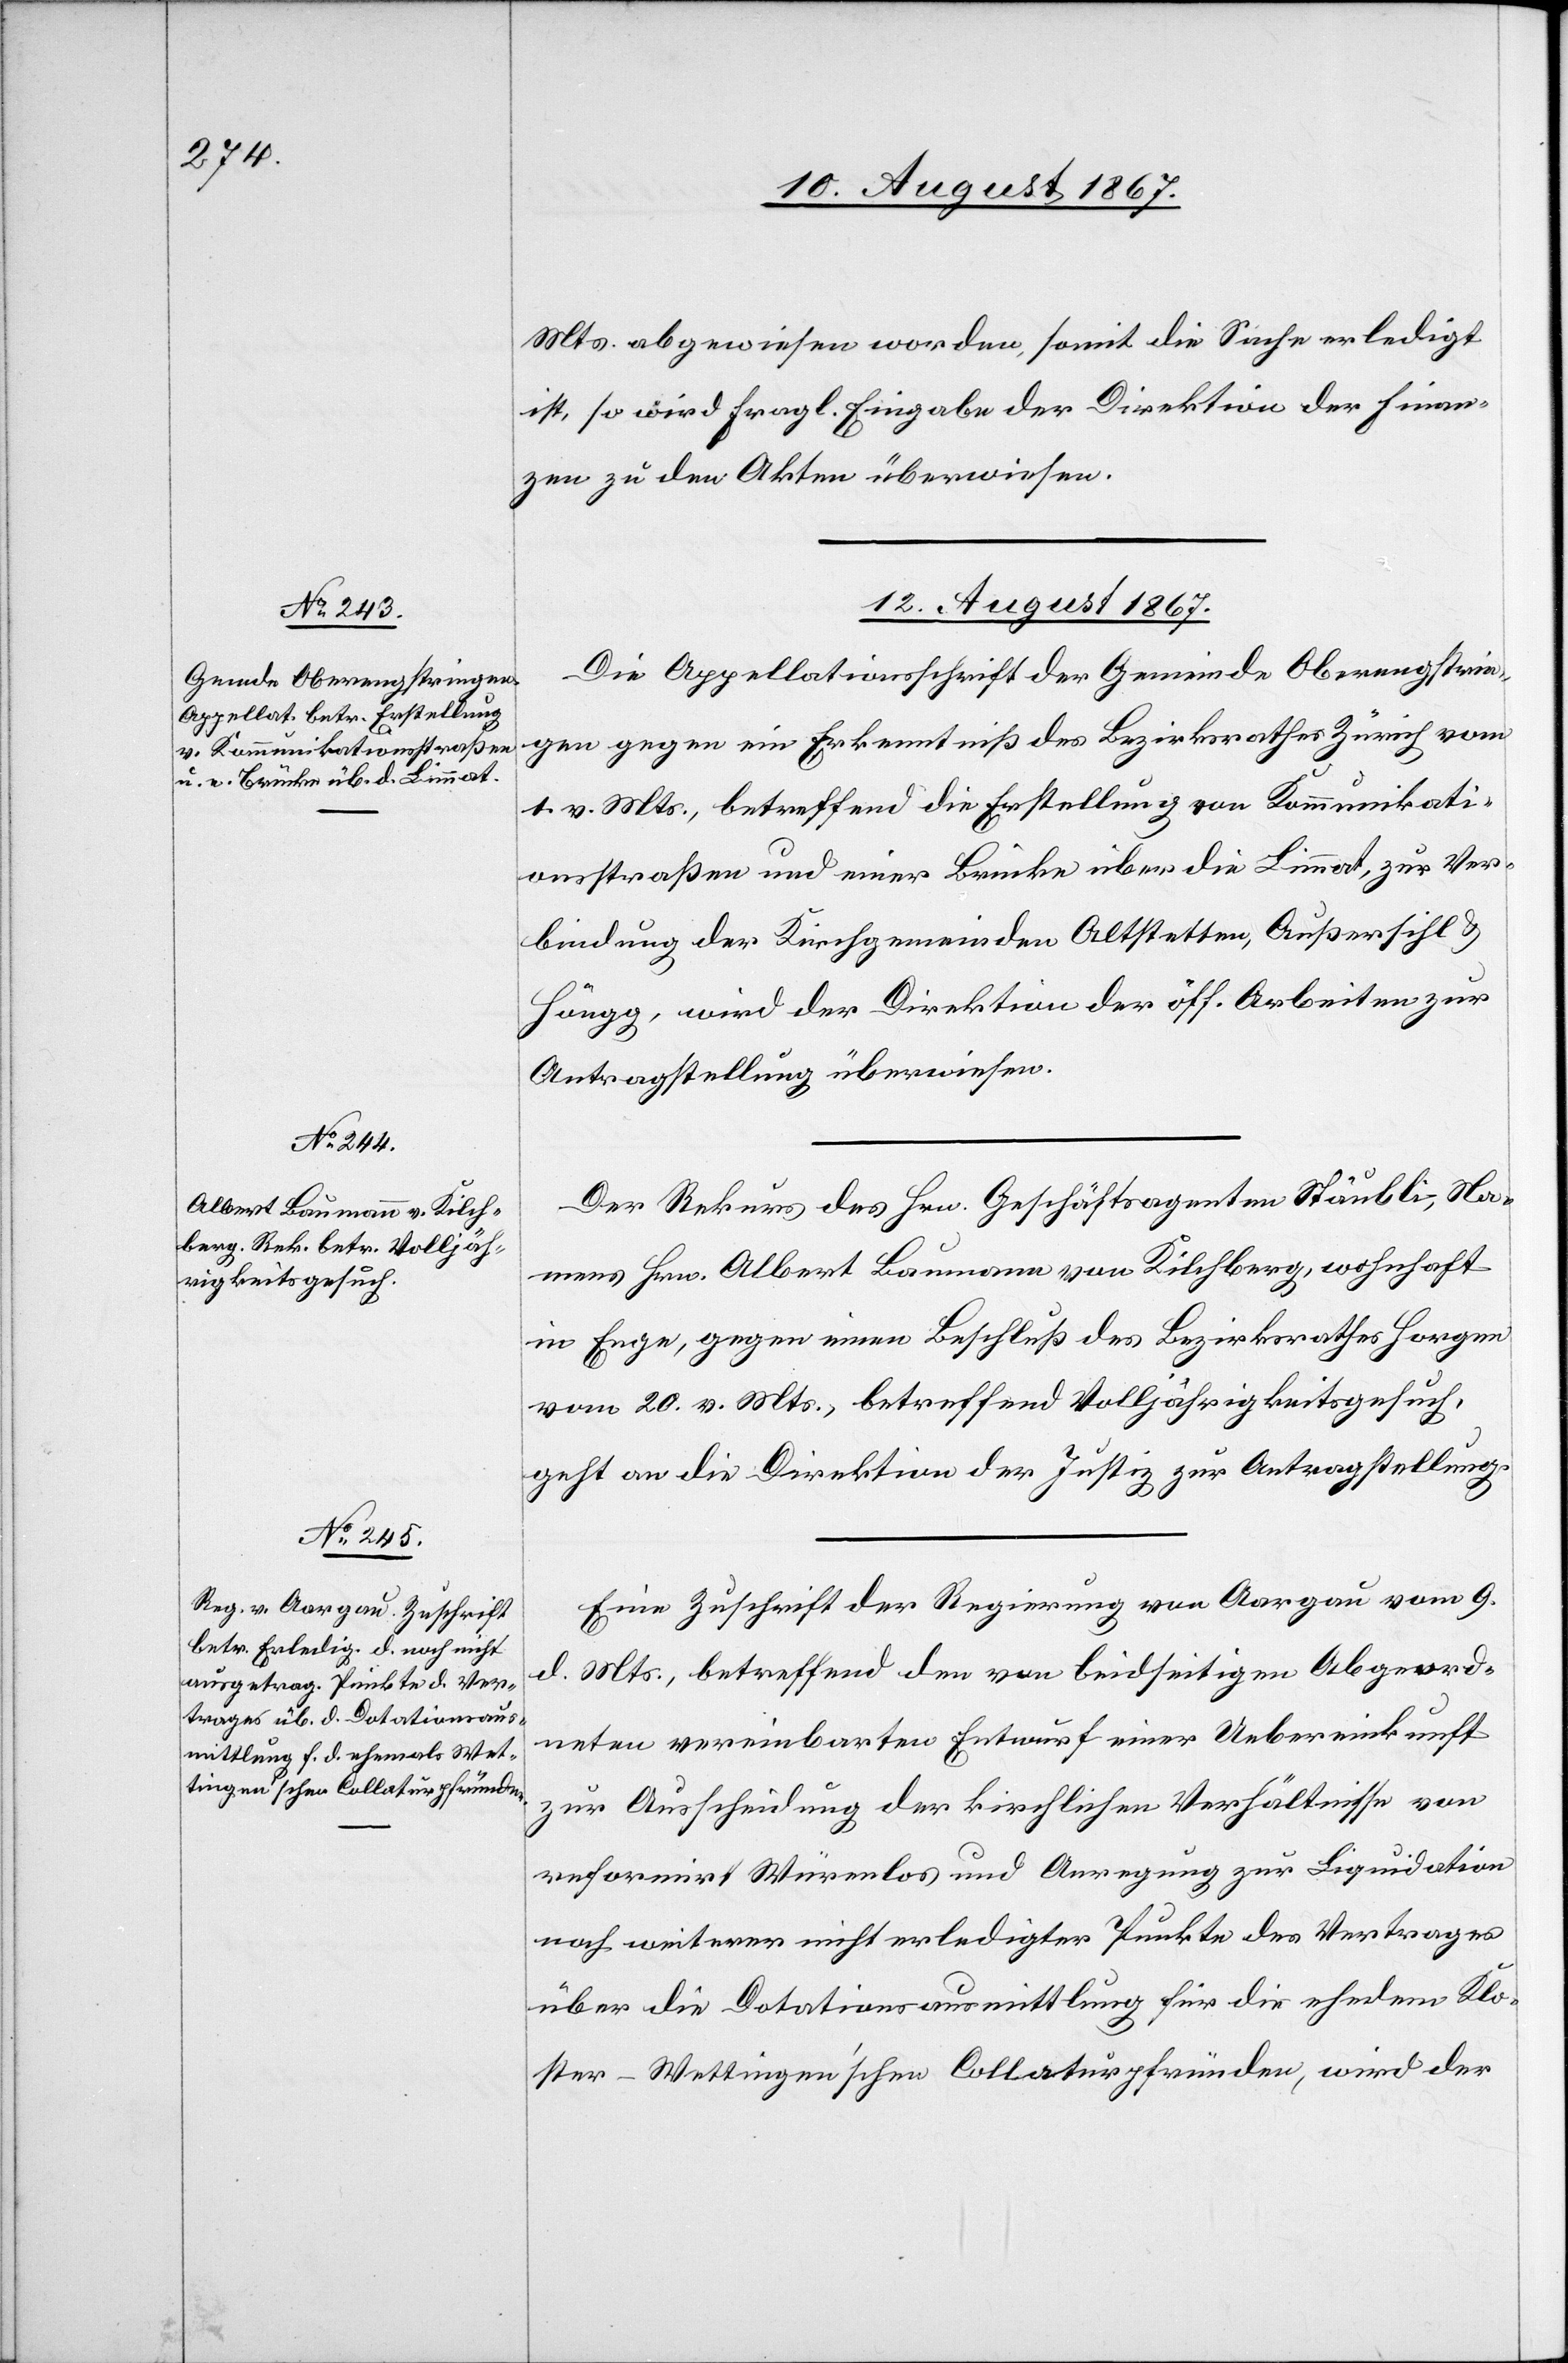
Mts. abgewiesen worden, somit die Sacher erledigt
ist, so wird fragl. Eingabe der Direktion der Finan¬
zen zu den Akten überwiesen.
12. August 1867.]
Die Appellationsschrift der Gemeinde Oberengstrin¬
gen gegen ein Erkenntniß des Bezirksrathes Zürich vom
1. v. Mts., betreffend die Erstellung von Kommunikati¬
onsstraßen und einer Brücke über die Limmat, zur Ver¬
bindung der Kirchgemeinden Altstetten, Außersihl u.
Höngg, wird der Direktion der öff. Arbeiten zur
Antragstellung überwiesen.
Der Rekurs des Hrn. Geschäftsagenten Stäubli, Na¬
mens Hrn. Albert Baumann von Kilchberg, wohnhaft
in Enge, gegen einen Beschluß des Bezirksrathes Horgen
vom 20. v. Mts., betreffend Volljährigkeitsgesuch,
geht an die Direktion der Justiz zur Antragstellung.
Eine Zuschrift der Regierung von Aargau vom 9.
d. Mts., betreffend den von beidseitigen Abgeord¬
neten vereinbarten Entwurf einer Uebereinkunft
zur Ausschreibung der kirchlichen Verhältnisse von
reformirt Würenlos und Anregung zur Liquidation
noch weiterer nicht erledigter Punkte des Vertrages
über die Dotationsausmittlung für die ehedem Klo¬
ster-Wettingen’schen Collaturpfründe, wird der